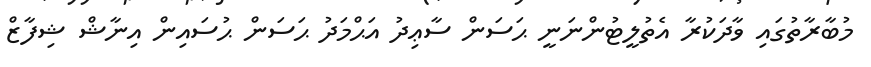
މުބާރާތުގައި ވާދަކުރާ އެތުލީޓުންނަނީ ޙަސަން ސާޢިދު އަޙްމަދު ޙަސަން ޙުސައިން އިނާޝް ޝިފާޒް